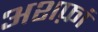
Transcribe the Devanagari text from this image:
अशफ़ां